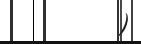
)